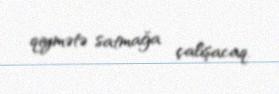
qiymətə satmağa çalışacaq.